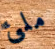
ملئ